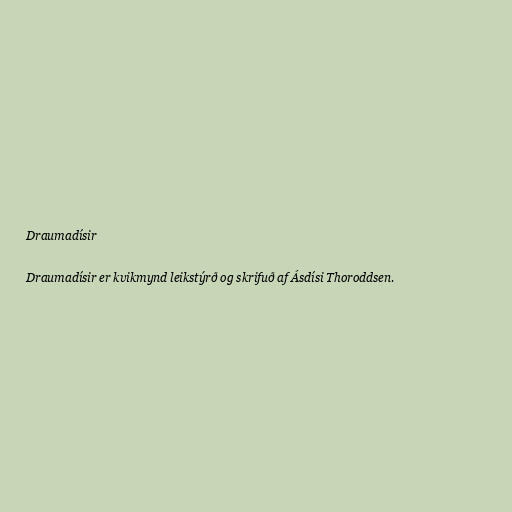
Draumadísir

Draumadísir er kvikmynd leikstýrð og skrifuð af Ásdísi Thoroddsen.